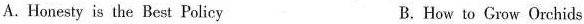
A.Honesty is the Best Policy B. How to Grow Orchids